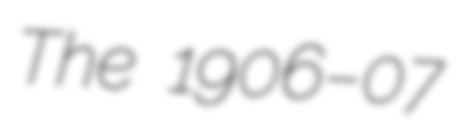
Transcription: The 1906–07